Supplement to the account of plague administration in the Bombay Presidency from September 1896 till May 1897
Year: 1896
Disease focus: Plague
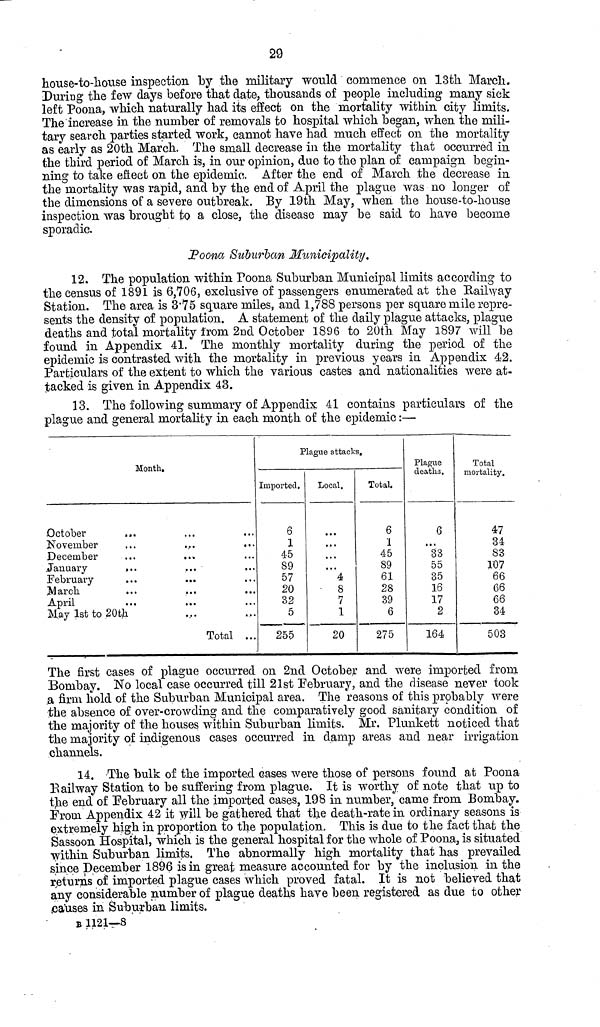
29
house-to-house inspection by the military would commence on 13th March.
During the few days before that date, thousands of people including many sick
left Poona, which naturally had its effect on the mortality within city limits.
The increase in the number of removals to hospital which began, when the mili-
tary search parties started work, cannot have had much effect on the mortality
as early as 20th March. The small decrease in the mortality that occurred in
the third period of March is, in our opinion, due to the plan of campaign begin-
ning to take effect on the epidemic. After the end of March the decrease in
the mortality was rapid, and by the end of April the plague was no longer of
the dimensions of a severe outbreak. By 19th May, when the house-to-house
inspection was brought to a close, the disease may be said to have become
sporadic.
Poona Suburban Municipality.
12. The population within Poona Suburban Municipal limits according to
the census of 1891 is 6,706, exclusive of passengers enumerated at the Railway
Station. The area is 3 . 75 square miles, and 1,788 persons per square mile repre-
sents the density of population. A statement of the daily plague attacks, plague
deaths and total mortality from 2nd October 1896 to 20th May 1897 will be
found in Appendix 41. The monthly mortality during the period of the
epidemic is contrasted with the mortality in previous years in Appendix 42.
Particulars of the extent to which the various castes and nationalities were at-
tacked is given in Appendix 43.
13. The following summary of Appendix 41 contains particulars of the
plague and general mortality in each month of the epidemic :—
Month.
October ...
November ...
December ...
January ...
February ...
March ...
April ...
May 1st to 20th
Total ...
Plague attacks.
Imported.
6
1
45
89
57
20
32
5
255
Local.
...
...
...
4
8
7
1
20
Total.
6
1
45
89
61
28
39
6
275
Plague
deaths.
6
...
33
55
35
16
17
2
164
Total
mortality.
47
34
83
107
66
66
66
34
503
The first cases of plague occurred on 2nd October and were imported from
Bombay. No local case occurred till 21st February, and the disease never took
a firm hold of the Suburban Municipal area. The reasons of this probably were
the absence of over-crowding and the comparatively good sanitary condition of
the majority of the houses within Suburban limits. Mr. Plunkett noticed that
the majority of indigenous cases occurred in damp areas and near irrigation
channels.
14. The bulk of the imported cases were those of persons found at Poona
Railway Station to be suffering from plague. It is worthy of note that up to
the end of February all the imported cases, 198 in number, came from Bombay.
From Appendix 42 it will be gathered that the death-rate in ordinary seasons is
extremely high in proportion to the population. This is due to the fact that the
Sassoon Hospital, which is the general hospital for the whole of Poona, is situated
within Suburban limits. The abnormally high mortality that has prevailed
since December 1896 is in great measure accounted for by the inclusion in the
returns of imported plague cases which proved fatal. It is not believed that
any considerable number of plague deaths have been registered as due to other
causes in Suburban limits.
B 1121—8